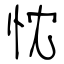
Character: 忱